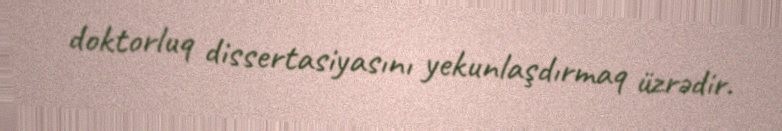
doktorluq dissertasiyasını yekunlaşdırmaq üzrədir.